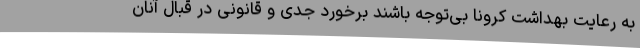
به رعایت بهداشت کرونا بی‌توجه باشند برخورد جدی و قانونی در قبال آنان